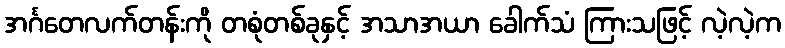
အင်္ဂတေလက်တန်းကို တစုံတစ်ခုနှင့် အသာအယာ ခေါက်သံ ကြားသဖြင့် လဲ့လဲ့က